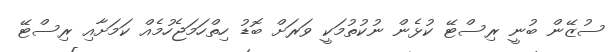
ސުޒޭން ބުނީ ރިސްޓޭ ކުޅެން ނުކުތުމަކީ ވަރަށް ބޮޑު ހިތްހަމަޖެހުމެއް ކަމަށާއި ރިސްޓޭ